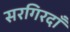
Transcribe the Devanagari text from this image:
सरगिरदाँ